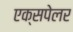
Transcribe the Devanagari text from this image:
एक्सपेलर